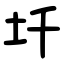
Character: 圲